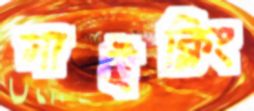
সাইক্লিং